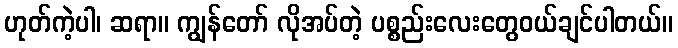
ဟုတ်ကဲ့ပါ၊ ဆရာ။ ကျွန်တော် လိုအပ်တဲ့ ပစ္စည်းလေးတွေဝယ်ချင်ပါတယ်။